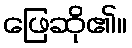
ဖြေဆို၏။